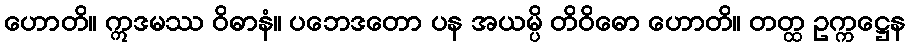
ဟောတိ။ ဣဒမဿ ဝိဓာနံ။ ပဘေဒတော ပန အယမ္ပိ တိဝိဓော ဟောတိ။ တတ္ထ ဥက္ကဋ္ဌေန